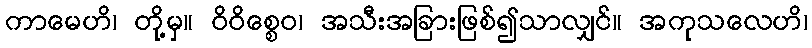
ကာမေဟိ၊ တို့မှ။ ဝိဝိစ္စေဝ၊ အသီးအခြားဖြစ်၍သာလျှင်။ အကုသလေဟိ၊